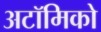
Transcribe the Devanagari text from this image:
अटॉमिको